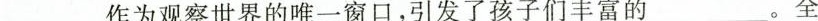
___作为观察世界的唯一窗口，引发了孩子们丰富的___。全